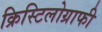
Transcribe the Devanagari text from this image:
क्रिस्टिलोग्राफी